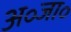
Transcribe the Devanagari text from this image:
अ॰जा॰